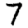
Digit: 7